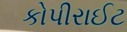
કોપીરાઈટ